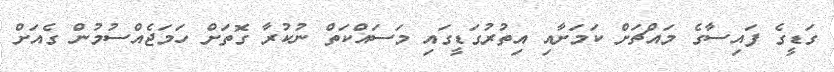
ގަޑީގެ ފައިސާގެ މައްޗަށް ކަމަށާއި އިތުރުގަޑީގައި މަސައްކަތް ނުކުރާ ގޮތަށް ހަމަޖެއްސުމުން ގެއަށް